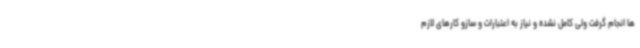
ها انجام گرفت ولی کامل نشده و نیاز به اعتبارات و سازو کارهای لازم